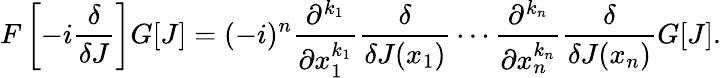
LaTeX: F\left[-i{\frac{\delta}{\delta J}}\right]G[J]=(-i)^{n}{\frac{\partial^{k_{1}}}{\partial x_{1}^{k_{1}}}}{\frac{\delta}{\delta J(x_{1})}}\cdots{\frac{\partial^{k_{n}}}{\partial x_{n}^{k_{n}}}}{\frac{\delta}{\delta J(x_{n})}}G[J].